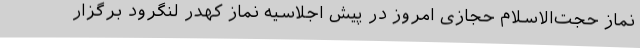
نماز حجت‌الاسلام حجازی امروز در پیش اجلاسیه نماز کهدر لنگرود برگزار